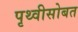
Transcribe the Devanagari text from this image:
पृथ्वीसोबत